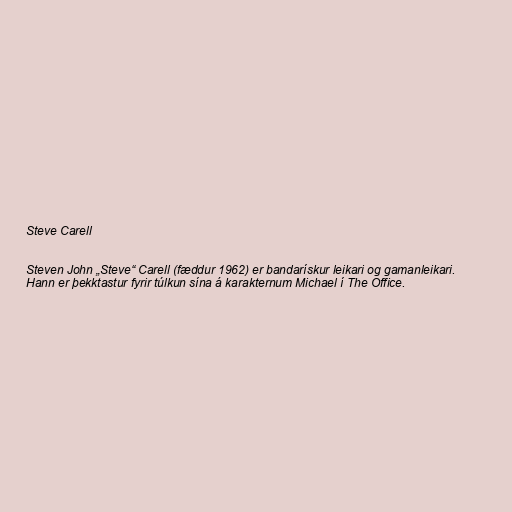
Steve Carell

Steven John „Steve“ Carell (fæddur 1962) er bandarískur leikari og gamanleikari.
Hann er þekktastur fyrir túlkun sína á karakternum Michael í The Office.